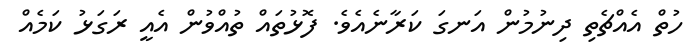
ހުތް އެއްޗެތި ދިނުމުން އަނގަ ކަރާނެއެވެ. ފޮޅުތައް ތުއްވުން އެއީ ރަގަޅު ކަމެއް